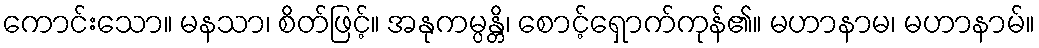
ကောင်းသော။ မနသာ၊ စိတ်ဖြင့်။ အနုကမ္ပန္တိ၊ စောင့်ရှောက်ကုန်၏။ မဟာနာမ၊ မဟာနာမ်။